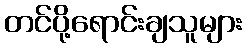
တင်ပို့ရောင်းချသူများ